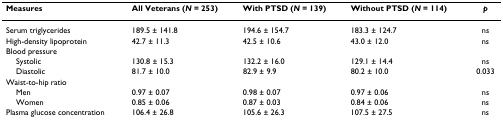
<table><thead><tr><td><b>Measures</b></td><td><b>All Veterans (<i>N </i>= 253)</b></td><td><b>With PTSD (<i>N </i>= 139)</b></td><td><b>Without PTSD (<i>N </i>= 114)</b></td><td><b><i>p</i></b></td></tr></thead><tbody><tr><td>Serum triglycerides</td><td>189.5 ± 141.8</td><td>194.6 ± 154.7</td><td>183.3 ± 124.7</td><td>ns</td></tr><tr><td>High-density lipoprotein</td><td>42.7 ± 11.3</td><td>42.5 ± 10.6</td><td>43.0 ± 12.0</td><td>ns</td></tr><tr><td>Blood pressure</td><td></td><td></td><td></td><td></td></tr><tr><td> Systolic</td><td>130.8 ± 15.3</td><td>132.2 ± 16.0</td><td>129.1 ± 14.4</td><td>ns</td></tr><tr><td> Diastolic</td><td>81.7 ± 10.0</td><td>82.9 ± 9.9</td><td>80.2 ± 10.0</td><td>0.033</td></tr><tr><td>Waist-to-hip ratio</td><td></td><td></td><td></td><td></td></tr><tr><td> Men</td><td>0.97 ± 0.07</td><td>0.98 ± 0.07</td><td>0.97 ± 0.06</td><td>ns</td></tr><tr><td> Women</td><td>0.85 ± 0.06</td><td>0.87 ± 0.03</td><td>0.84 ± 0.06</td><td>ns</td></tr><tr><td>Plasma glucose concentration</td><td>106.4 ± 26.8</td><td>105.6 ± 26.3</td><td>107.5 ± 27.5</td><td>ns</td></tr></tbody></table>